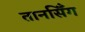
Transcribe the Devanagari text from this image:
तानसिँग